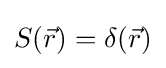
S({\vec {r}})=\delta ({\vec {r}})